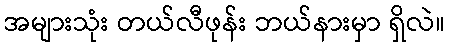
အများသုံး တယ်လီဖုန်း ဘယ်နားမှာ ရှိလဲ။